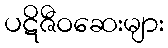
ပဋိဇီဝဆေးများ